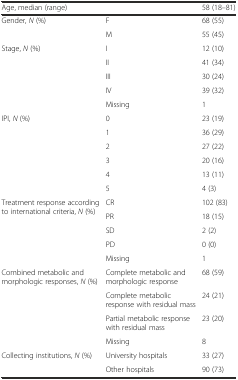
<table><thead><tr><td><b>Age, median (range)</b></td><td></td><td><b>58 (18–81)</b></td></tr></thead><tbody><tr><td rowspan="2">Gender, <i>N</i> (%)</td><td>F</td><td>68 (55)</td></tr><tr><td>M</td><td>55 (45)</td></tr><tr><td rowspan="5">Stage, <i>N</i> (%)</td><td>I</td><td>12 (10)</td></tr><tr><td>II</td><td>41 (34)</td></tr><tr><td>III</td><td>30 (24)</td></tr><tr><td>IV</td><td>39 (32)</td></tr><tr><td>Missing</td><td>1</td></tr><tr><td rowspan="6">IPI, <i>N</i> (%)</td><td>0</td><td>23 (19)</td></tr><tr><td>1</td><td>36 (29)</td></tr><tr><td>2</td><td>27 (22)</td></tr><tr><td>3</td><td>20 (16)</td></tr><tr><td>4</td><td>13 (11)</td></tr><tr><td>5</td><td>4 (3)</td></tr><tr><td rowspan="5">Treatment response according to international criteria, <i>N</i> (%)</td><td>CR</td><td>102 (83)</td></tr><tr><td>PR</td><td>18 (15)</td></tr><tr><td>SD</td><td>2 (2)</td></tr><tr><td>PD</td><td>0 (0)</td></tr><tr><td>Missing</td><td>1</td></tr><tr><td rowspan="4">Combined metabolic and morphologic responses, <i>N</i> (%)</td><td>Complete metabolic and morphologic response</td><td>68 (59)</td></tr><tr><td>Complete metabolic response with residual mass</td><td>24 (21)</td></tr><tr><td>Partial metabolic response with residual mass</td><td>23 (20)</td></tr><tr><td>Missing</td><td>8</td></tr><tr><td rowspan="2">Collecting institutions, <i>N</i> (%)</td><td>University hospitals</td><td>33 (27)</td></tr><tr><td>Other hospitals</td><td>90 (73)</td></tr></tbody></table>